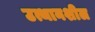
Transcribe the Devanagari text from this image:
उत्थानशील